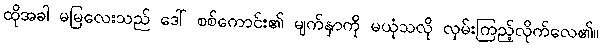
ထိုအခါ မမြလေးသည် ဒေါ် စစ်ကောင်း၏ မျက်နှာကို မယုံသလို လှမ်းကြည့်လိုက်လေ၏။